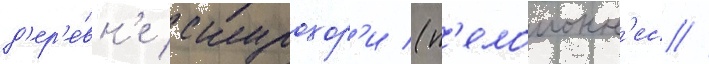
д'ер'е́вн'е скурохор'и (п'елопонн'ес /